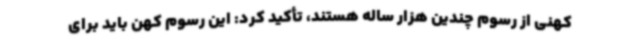
کهنی از رسوم چندین هزار ساله هستند، تأکید کرد: این رسوم کهن باید برای